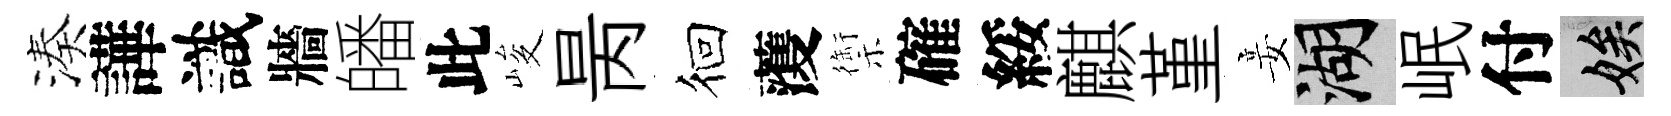
湊譁識牆皤此峻昺徊𮑮禦確綏麒堇妾湖岷付娭